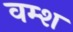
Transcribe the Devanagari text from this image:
वम्श